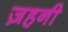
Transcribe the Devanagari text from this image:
ज़हनी